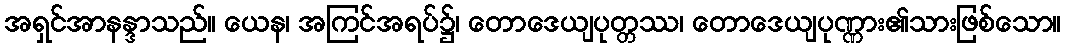
အရှင်အာနန္ဒာသည်။ ယေန၊ အကြင်အရပ်၌၊ တောဒေယျပုတ္တဿ၊ တောဒေယျပုဏ္ဏား၏သားဖြစ်သော။